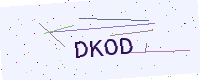
Text: DKOD